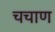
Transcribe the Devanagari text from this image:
चचाण